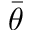
\bar { \theta }